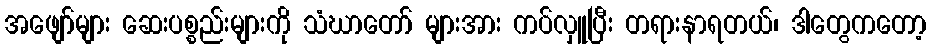
အဖျော်များ ဆေးပစ္စည်းများကို သံဃာတော် များအား ကပ်လှူပြီး တရားနာရတယ်၊ ဒါတွေကတော့